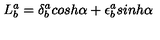
L _ { b } ^ { a } = \delta _ { b } ^ { a } c o s h \alpha + \epsilon _ { b } ^ { a } s i n h \alpha